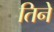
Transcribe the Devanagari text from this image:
तिनेे